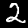
Label: 2